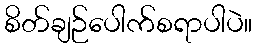
စိတ်ချဉ်ပေါက်စရာပါပဲ။